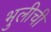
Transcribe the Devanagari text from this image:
भुलीची